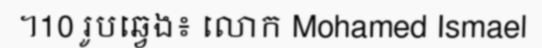
។10 រូបឆ្វេង៖ លោក Mohamed Ismael